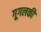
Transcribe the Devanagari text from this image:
गूगलकी